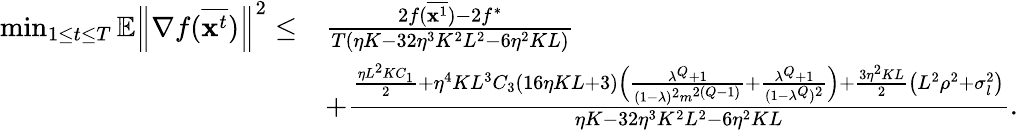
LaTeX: \begin{array}{rl}{\operatorname*{min}_{1\le t\le T}\mathbb{E}\left\| \nabla f(\overline{{\mathbf{x}^{t}}})\right\| ^{2}\leq}&{\frac{2f(\overline{{{\mathbf x}^{1}}})-2f^{*}}{T(\eta K-32\eta^{3}K^{2}L^{2}-6\eta^{2}KL)}}\\ &{+\frac{\frac{\eta L^{2}KC_{1}}{2}+\eta^{4}KL^{3}C_{3}(16\eta KL+3)\Big(\frac{\lambda^{Q}+1}{(1-\lambda)^{2}m^{2(Q-1)}}+\frac{\lambda^{Q}+1}{(1-\lambda^{Q})^{2}}\Big)+\frac{3\eta^{2}KL}{2}\left(L^{2}\rho^{2}+\sigma_{l}^{2}\right)}{\eta K-32\eta^{3}K^{2}L^{2}-6\eta^{2}KL}.}\end{array}